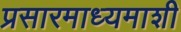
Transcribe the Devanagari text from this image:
प्रसारमाध्यमाशी